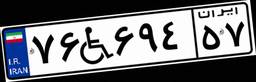
۷۶W۶۹۴۵۷